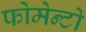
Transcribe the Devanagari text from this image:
फोमेन्टो